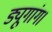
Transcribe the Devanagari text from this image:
ड्यूगांग।